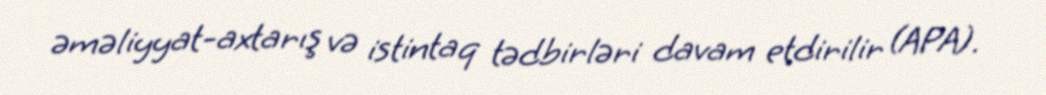
əməliyyat-axtarış və istintaq tədbirləri davam etdirilir (APA).